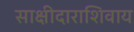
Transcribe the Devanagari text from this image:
साक्षीदाराशिवाय